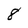
Character: 8